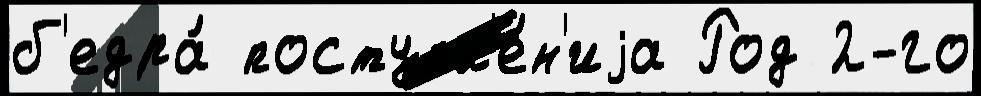
б'едра́ поступл'е́н'иjа Род 2-го